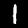
Digit: 1